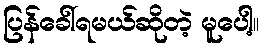
ပြန်ခေါ်ရမယ်ဆိုတဲ့ မူပေါ့။